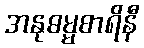
အနုဓမ္မစာရိနီ